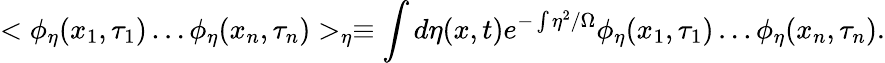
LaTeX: <\phi_{\eta}(x_{1},\tau_{1})\ldots\phi_{\eta}(x_{n},\tau_{n})>_{\eta}\equiv\int d\eta(x,t)e^{-\int\eta^{2}/\Omega}\phi_{\eta}(x_{1},\tau_{1})\ldots\phi_{\eta}(x_{n},\tau_{n}).